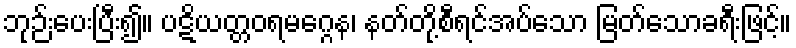
ဘုဉ်းပေးပြီး၍။ ပဋိယတ္တဝရမဂ္ဂေန၊ နတ်တို့စီရင်အပ်သော မြတ်သောခရီးဖြင့်။